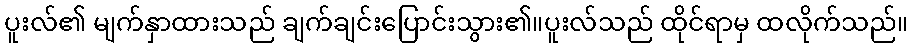
ပူးလ်၏ မျက်နှာထားသည် ချက်ချင်းပြောင်းသွား၏။ပူးလ်သည် ထိုင်ရာမှ ထလိုက်သည်။